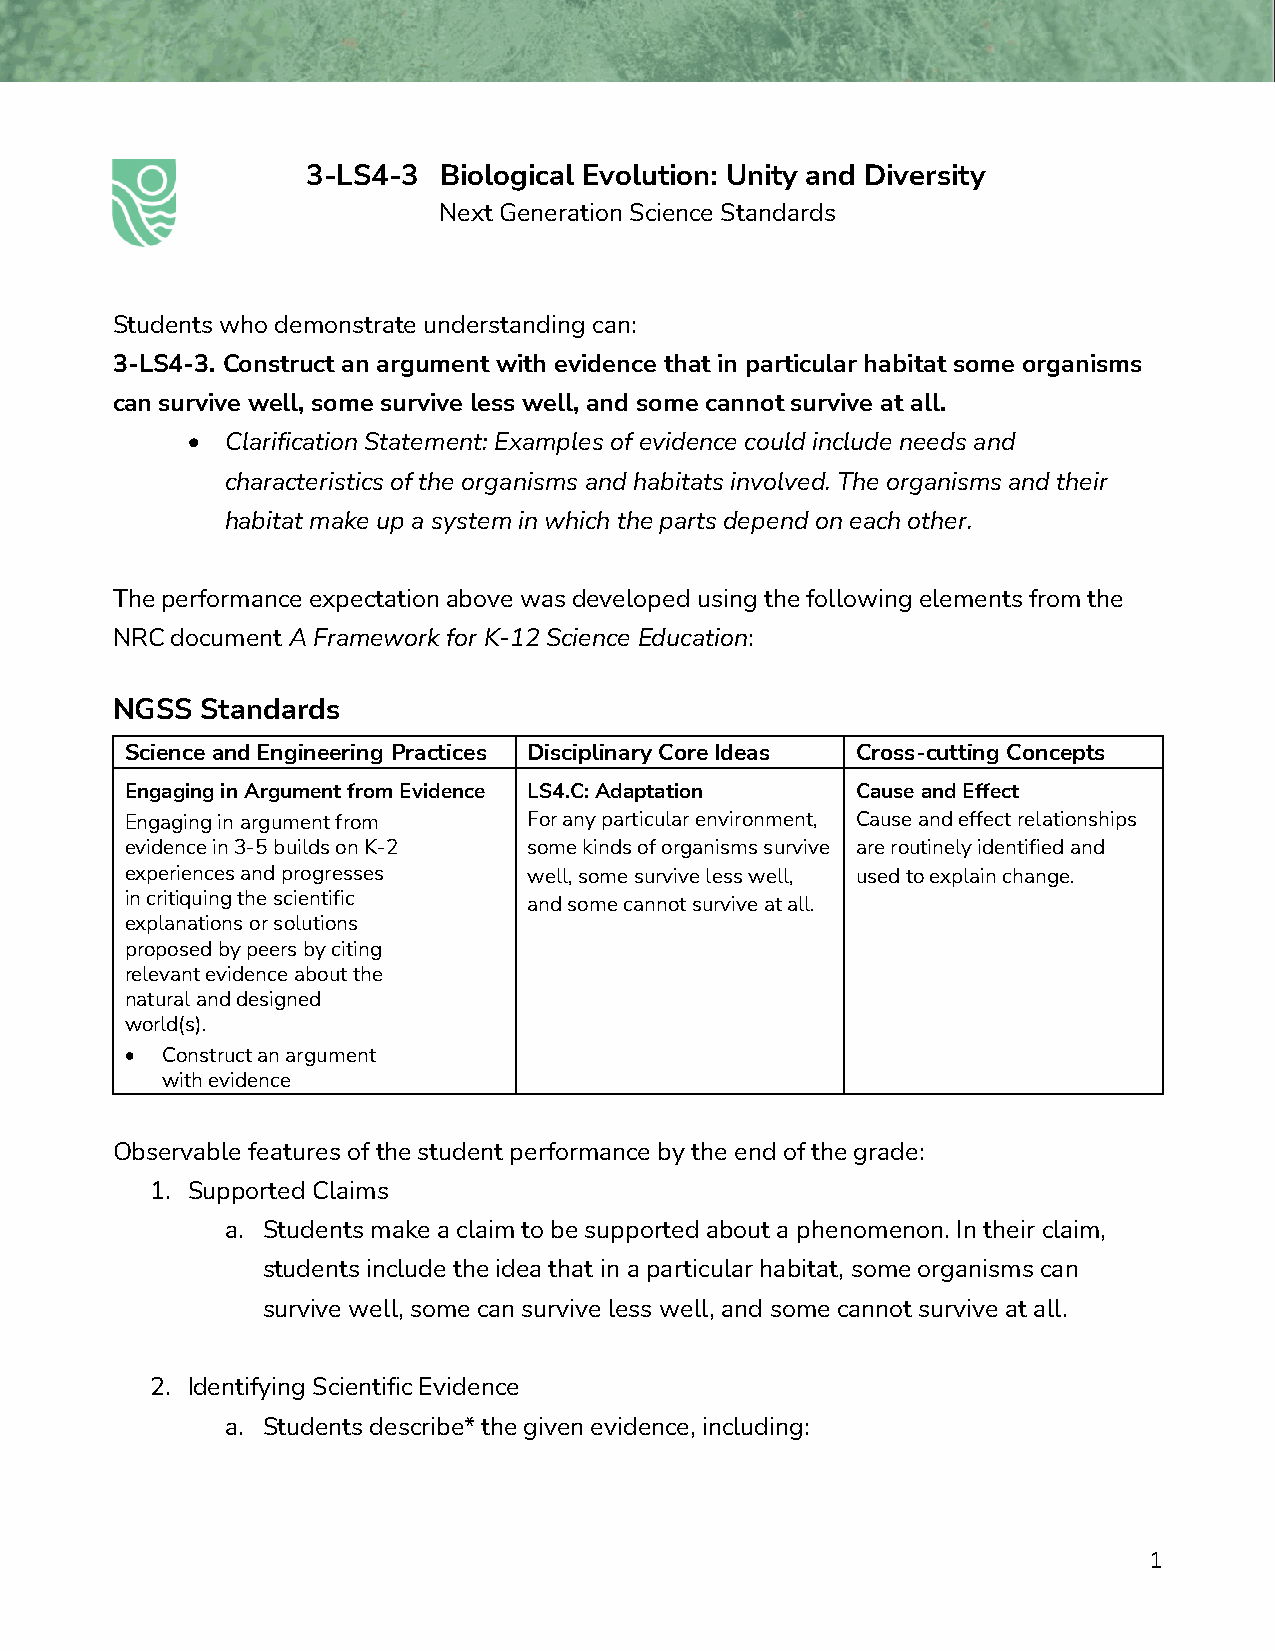
3-LS4-3  Biological Evolution: Unity and Diversity
 Next Generation Science Standards
 Students who demonstrate understanding can:
 3-LS4-3. Construct an argument with evidence that in particular habitat some organisms
 can survive well, some survive less well, and some cannot survive at all.
 •  Clarification Statement: Examples of evidence could include needs and
 characteristics of the organisms and habitats involved. The organisms and their
 habitat make up a system in which the parts depend on each other.
 The performance expectation above was developed using the following elements from the
 NRC document A Framework for K-12 Science Education:
 NGSS  Standards
 Science and Engineering Practices Disciplinary Core Ideas Cross-cutting Concepts
 Engaging in Argument from Evidence LS4.C: Adaptation Cause and Effect
 Engaging in argument from  For any particular environment, Cause and effect relationships
 evidence in 3-5 builds on K-2 some kinds of organisms survive are routinely identified and
 experiences and progresses well, some survive less well, used to explain change.
 in critiquing the scientific and some cannot survive at all.
 explanations or solutions
 proposed by peers by citing
 relevant evidence about the
 natural and designed
 world(s).
 •  Construct an argument
 with evidence
 Observable features of the student performance by the end of the grade:
 1. Supported Claims
 a. Students make a claim to be supported about a phenomenon. In their claim,
 students include the idea that in a particular habitat, some organisms can
 survive well, some can survive less well, and some cannot survive at all.
 2. Identifying Scientific Evidence
 a. Students describe* the given evidence, including:
 1